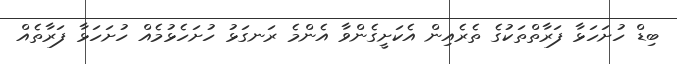
ބިޑް ހުށަހަޅާ ފަރާތްތަކުގެ ތެރެއިން އެކަށީގެންވާ އެންމެ ރަނގަޅު ހުށަހެޅުމެއް ހުށަހަޅާ ފަރާތެއް